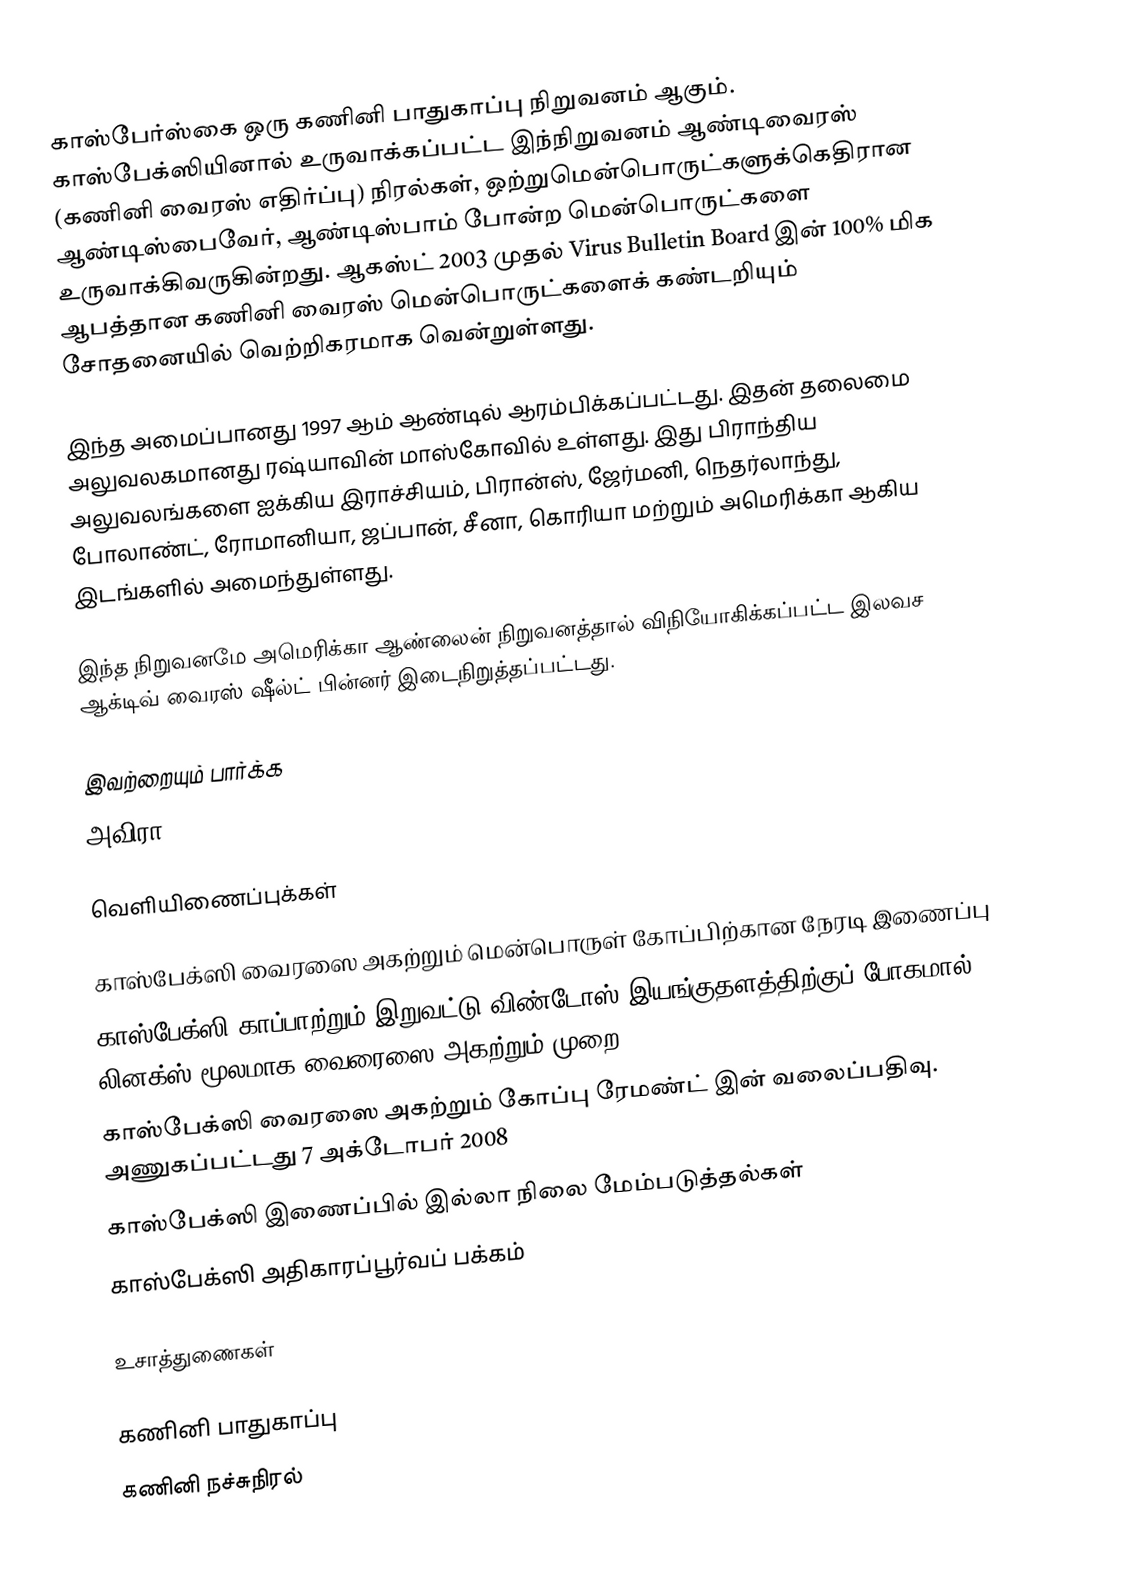
காஸ்பேர்ஸ்கை ஒரு கணினி பாதுகாப்பு நிறுவனம் ஆகும். காஸ்பேக்ஸியினால் உருவாக்கப்பட்ட இந்நிறுவனம் ஆண்டிவைரஸ் (கணினி வைரஸ் எதிர்ப்பு) நிரல்கள், ஒற்றுமென்பொருட்களுக்கெதிரான ஆண்டிஸ்பைவேர், ஆண்டிஸ்பாம் போன்ற மென்பொருட்களை உருவாக்கிவருகின்றது. ஆகஸ்ட் 2003 முதல் Virus Bulletin Board இன் 100% மிக ஆபத்தான கணினி வைரஸ் மென்பொருட்களைக் கண்டறியும் சோதனையில் வெற்றிகரமாக வென்றுள்ளது.

இந்த அமைப்பானது 1997 ஆம் ஆண்டில் ஆரம்பிக்கப்பட்டது. இதன் தலைமை அலுவலகமானது ரஷ்யாவின் மாஸ்கோவில் உள்ளது. இது பிராந்திய அலுவலங்களை ஐக்கிய இராச்சியம், பிரான்ஸ், ஜேர்மனி, நெதர்லாந்து, போலாண்ட், ரோமானியா, ஜப்பான், சீனா, கொரியா மற்றும் அமெரிக்கா ஆகிய இடங்களில் அமைந்துள்ளது.

இந்த நிறுவனமே அமெரிக்கா ஆண்லைன் நிறுவனத்தால் விநியோகிக்கப்பட்ட இலவச ஆக்டிவ் வைரஸ் ஷீல்ட் பின்னர் இடைநிறுத்தப்பட்டது.

இவற்றையும் பார்க்க
அவிரா

வெளியிணைப்புக்கள்

 காஸ்பேக்ஸி வைரஸை அகற்றும் மென்பொருள்  கோப்பிற்கான நேரடி இணைப்பு
 காஸ்பேக்ஸி காப்பாற்றும் இறுவட்டு  விண்டோஸ் இயங்குதளத்திற்குப் போகமால் லினக்ஸ் மூலமாக வைரைஸை அகற்றும் முறை.
 காஸ்பேக்ஸி வைரஸை அகற்றும் கோப்பு  ரேமண்ட் இன் வலைப்பதிவு. அணுகப்பட்டது 7 அக்டோபர் 2008
 காஸ்பேக்ஸி இணைப்பில் இல்லா நிலை மேம்படுத்தல்கள்
 காஸ்பேக்ஸி அதிகாரப்பூர்வப் பக்கம்

உசாத்துணைகள்

கணினி பாதுகாப்பு
கணினி நச்சுநிரல்